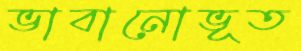
ভাবানোভূত